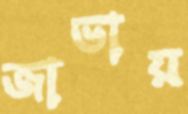
জাভায়